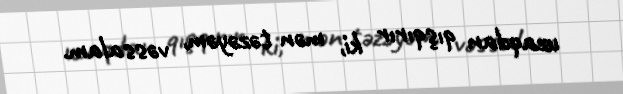
uzaqdan qışqırır ki, mən təzəyəm, vəssalam.